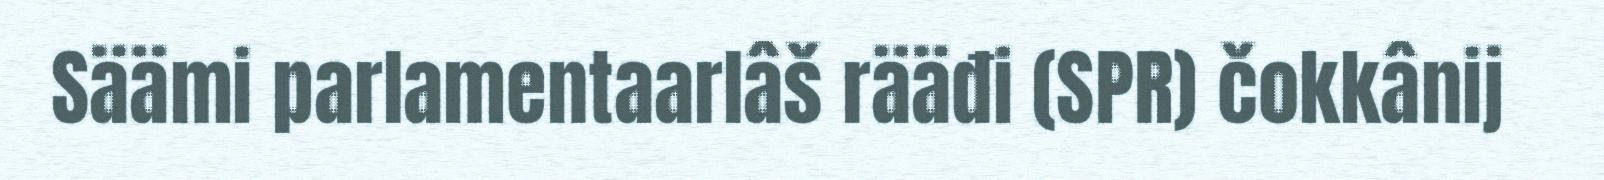
Säämi parlamentaarlâš rääđi (SPR) čokkânij